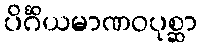
ပိင်္ဂိယမာဏဝပုစ္ဆာ